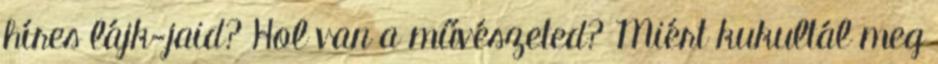
híres lájk-jaid? Hol van a művészeted? Miért kukultál meg